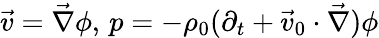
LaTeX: \vec{v}=\vec{\nabla}\phi,\, p=-\rho_{0}(\partial_{t}+\vec{v}_{0}\cdot\vec{\nabla})\phi